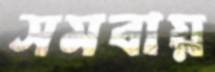
সমবায়